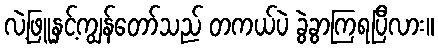
လဲ့ဖြူနှင့်ကျွန်တော်သည် တကယ်ပဲ ခွဲခွာကြရပြီလား။